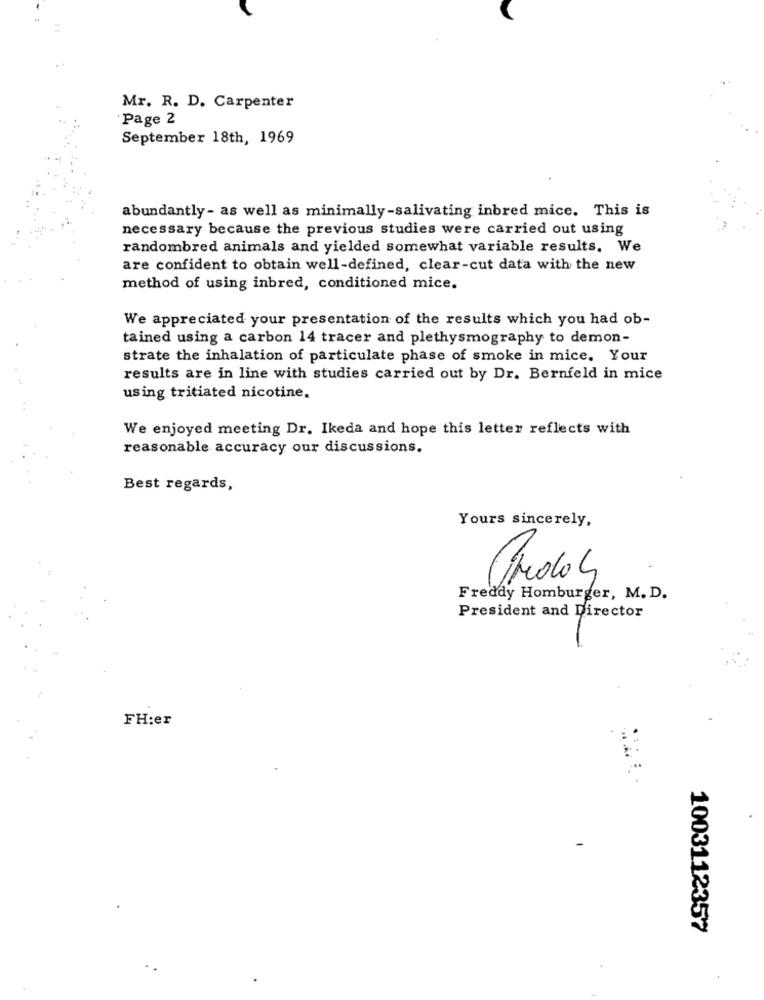
Mr. R. D. Carpenter
Page 2
September 18th, 1969
abundantly- as well as minimally-salivating inbred mice. This is
necessary because the previous studies were carried out using
randombred animals and yielded somewhat variable results. We
are confident to obtain well-defined, clear-cut data with the new
method of using inbred, conditioned mice.
We appreciated your presentation of the results which you had ob-
tained using a carbon 14 tracer and plethysmography to demon-
strate the inhalation of particulate phase of smoke in mice. Your
results are in line with studies carried out by Dr. Bernfeld in mice
using tritiated nicotine.
We enjoyed meeting Dr. Ikeda and hope this letter reflects with
reasonable accuracy our discussions.
Best regards,
Yours sincerely,
Prodos
Freddy Homburger, M. D.
President and Director
FH:er
1003112357